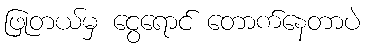
ဖြုတယ်မှ ငွေရောင် တောက်နေတာပဲ